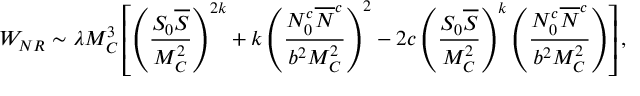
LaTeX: W _ { N R } \sim \lambda M _ { C } ^ { 3 } \left[ \left( \frac { S _ { 0 } { \overline { { S } } } } { M _ { C } ^ { 2 } } \right) ^ { 2 k } + k \left( \frac { N _ { 0 } ^ { c } { \overline { { N } } ^ { c } } } { b ^ { 2 } M _ { C } ^ { 2 } } \right) ^ { 2 } - 2 c \left( \frac { S _ { 0 } { \overline { { S } } } } { M _ { C } ^ { 2 } } \right) ^ { k } \left( \frac { N _ { 0 } ^ { c } { \overline { { N } } ^ { c } } } { b ^ { 2 } M _ { C } ^ { 2 } } \right) \right] ,